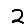
Digit: 2